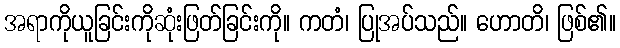
အရာကိုယူခြင်းကိုဆုံးဖြတ်ခြင်းကို။ ကတံ၊ ပြုအပ်သည်။ ဟောတိ၊ ဖြစ်၏။